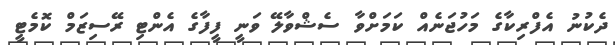
ދެކުނު އެފްރިކާގެ މަހުޖަނެއް ކަމަށްވާ ސެޝްވާލޭ ވަނީ ފީފާގެ އެންޓި ރޭސިޒަމް ކޮމެޓީ